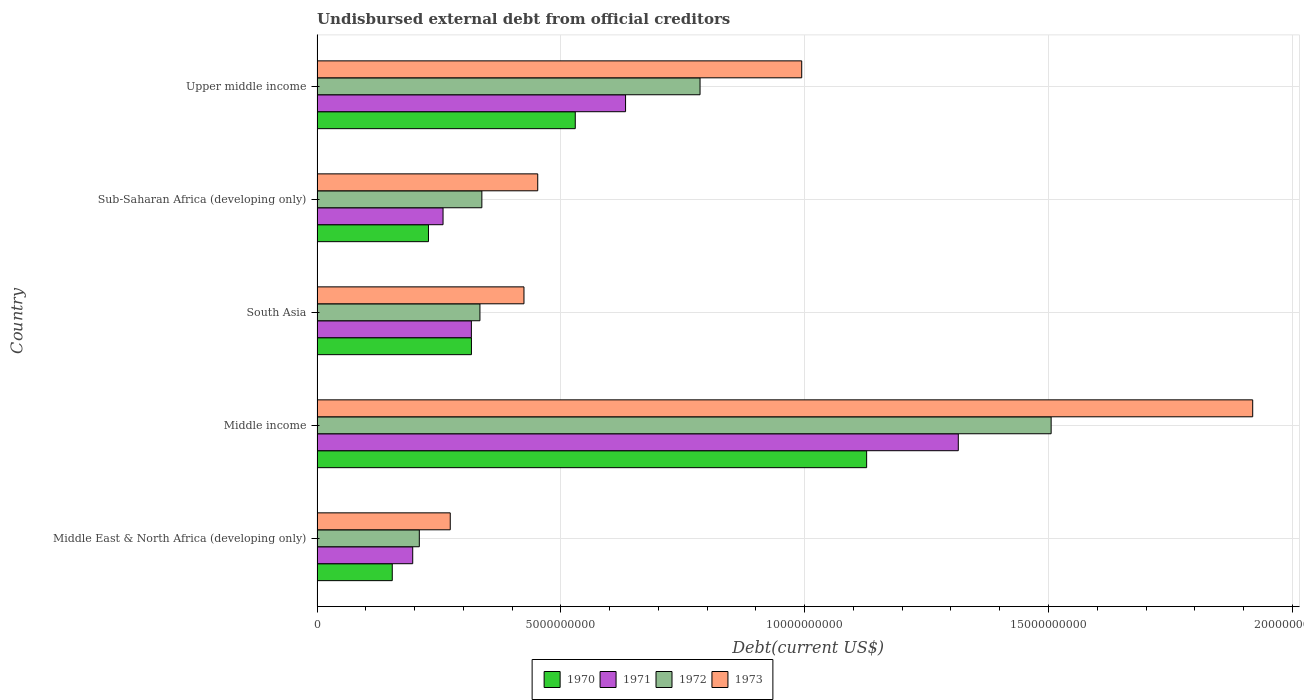
| Country | 1970 | 1971 | 1972 | 1973 |
 | --- | --- | --- | --- | --- |
 | Middle East & North Africa (developing only) | 1.54e+09 | 1.96e+09 | 2.1e+09 | 2.73e+09 |
 | Middle income | 1.13e+10 | 1.32e+10 | 1.51e+10 | 1.92e+10 |
 | South Asia | 3.17e+09 | 3.16e+09 | 3.34e+09 | 4.24e+09 |
 | Sub-Saharan Africa (developing only) | 2.28e+09 | 2.58e+09 | 3.38e+09 | 4.53e+09 |
 | Upper middle income | 5.3e+09 | 6.33e+09 | 7.85e+09 | 9.94e+09 |